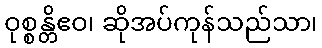
ဝုစ္စန္တိဧဝ၊ ဆိုအပ်ကုန်သည်သာ၊